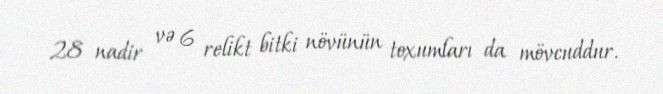
28 nadir və 6 relikt bitki növünün toxumları da mövcuddur.